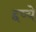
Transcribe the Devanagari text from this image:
द्दष्ये